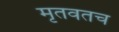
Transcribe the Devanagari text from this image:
मृतवतच